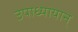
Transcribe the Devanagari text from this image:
उपाध्यायान्‌